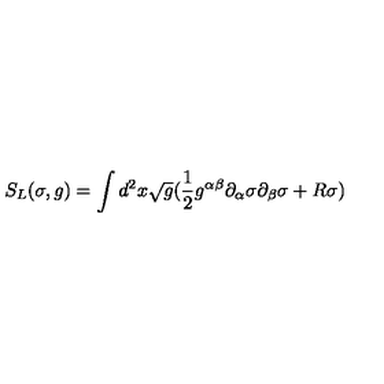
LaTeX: S _ { L } ( \sigma , g ) = \int d ^ { 2 } x \sqrt g ( \frac { 1 } { 2 } g ^ { \alpha \beta } \partial _ { \alpha } \sigma \partial _ { \beta } \sigma + R \sigma )